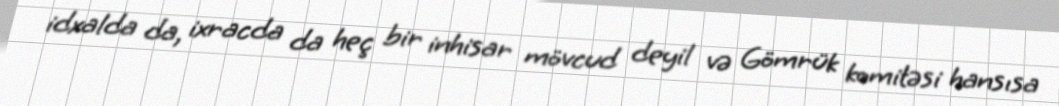
idxalda da, ixracda da heç bir inhisar mövcud deyil və Gömrük komitəsi hansısa